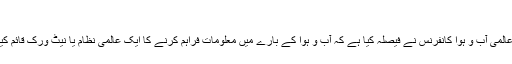
‘‘
جنيوا ميں عالمی آب و ہوا کانفرنس نے فيصلہ کيا ہے کہ آب و ہوا کے بارے ميں معلومات فراہم کرنے کا ايک عالمی نظام يا نيٹ ورک قائم کيا جائے گا۔